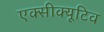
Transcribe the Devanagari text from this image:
एक्सीक्यूटिव